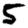
Digit: 5